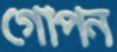
গোপন